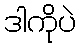
ဒါကိုပဲ